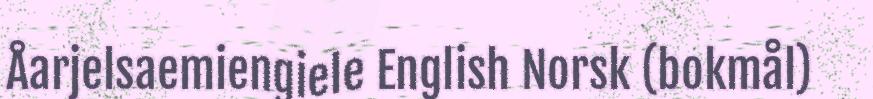
Åarjelsaemiengiele English Norsk (bokmål)